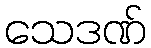
သေဒဏ်